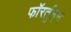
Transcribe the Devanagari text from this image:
फॉरर्तुइन